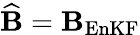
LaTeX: \widehat{\mathbf B}={\mathbf B}_{\mathrm{EnKF}}